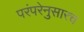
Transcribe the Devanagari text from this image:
परंपरेनुसारच